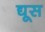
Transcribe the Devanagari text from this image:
द्यूस